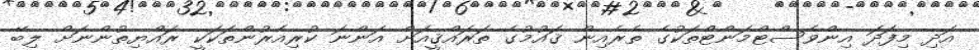
އަދި މިފަދަ އިންވެސްޓްމަންޓްތަކުގެ ތެރެއިން ޤައުމުގެ ތަރައްޤީއަށް އަންނަ ކުރިއެރުންތަކަކީ ރައްޔިތުންނަށް ލިބޭ